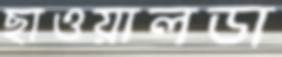
ছাওয়ালডা